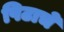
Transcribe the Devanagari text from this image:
पिटाचे